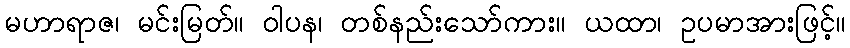
မဟာရာဇ၊ မင်းမြတ်။ ဝါပန၊ တစ်နည်းသော်ကား။ ယထာ၊ ဥပမာအားဖြင့်။